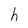
Character: h